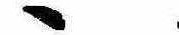
ゝ